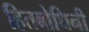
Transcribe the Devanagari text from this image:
हितबोधिनी